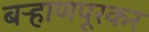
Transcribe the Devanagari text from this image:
बऱ्हाणपूरकर